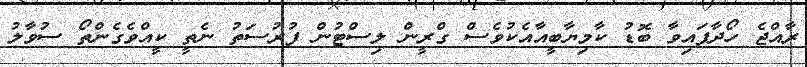
ރާއްޖެ ހޯދާފައިވާ ބޮޑު ކާމިޔާބީއާއެކުވެސް ގްރީން ލިސްޓުން ފުރުސަތު ނެތީ ކީއްވެގެންތޯ ސުވާލު